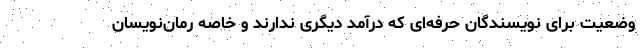
وضعیت برای نویسندگان حرفه‌ای که درآمد دیگری ندارند و خاصه رمان‌نویسان